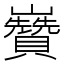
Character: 𡿍